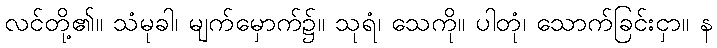
လင်တို့၏။ သံမုခါ၊ မျက်မှောက်၌။ သုရံ၊ သေကို။ ပါတုံ၊ သောက်ခြင်းငှာ။ န